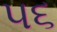
૫૬